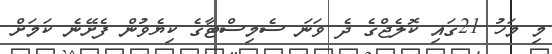
މި މަހު 21ގައި ކޮލެޖްގެ ދެ ވަަނަ ސެމިސްޓާގެ ކިޔެވުން ފެށޭނެ ކަމަށް